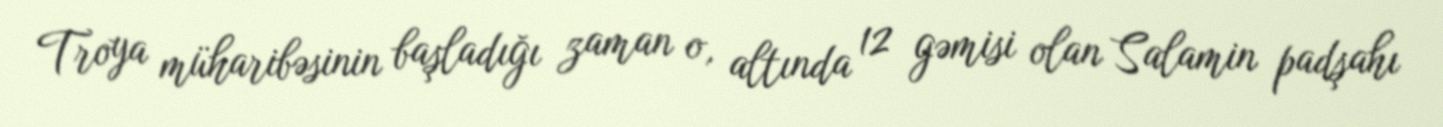
Troya müharibəsinin başladığı zaman o, altında 12 gəmisi olan Salamin padşahı